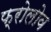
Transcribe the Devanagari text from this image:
फ्रोलोव